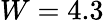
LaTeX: W=4.3